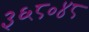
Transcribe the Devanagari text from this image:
३६८०४८